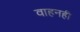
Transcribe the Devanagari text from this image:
वाहनही